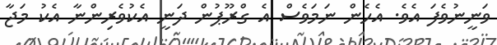
ވަނީނުވެފަ އެވެ. އެހެން ނަމަވެސް އެ ގްރޫޕުން ދަނީ އެކުވެރިންނާ އެކު މަޖާ